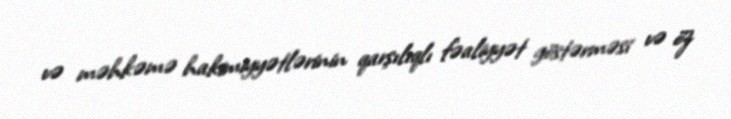
və məhkəmə hakimiyyətlərinin qarşılıqlı fəaliyyət göstərməsi və öz